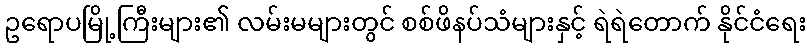
ဥရောပမြို့ကြီးများ၏ လမ်းမများတွင် စစ်ဖိနပ်သံများနှင့် ရဲရဲတောက် နိုင်ငံရေး